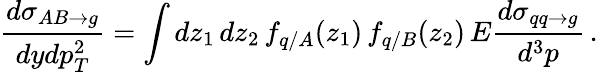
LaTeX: \frac{d\sigma_{AB\rightarrow g}}{dydp_{T}^{2}}=\int dz_{1}\, dz_{2}\, f_{q/A}(z_{1})\, f_{q/B}(z_{2})\, E\frac{d\sigma_{qq\rightarrow g}}{d^{3}p}\, .